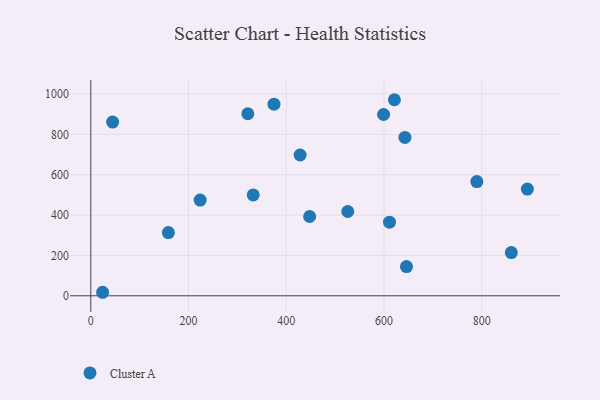
{"axis": {"x": "Ad Spend", "y": "Demand"}, "legend": ["Cluster A"], "data": [{"x": "611.3", "y": 364.6, "type": "Cluster A"}, {"x": "860.6", "y": 213.9, "type": "Cluster A"}, {"x": "321.4", "y": 902.0, "type": "Cluster A"}, {"x": "621.4", "y": 971.6, "type": "Cluster A"}, {"x": "646.1", "y": 144.8, "type": "Cluster A"}, {"x": "332.4", "y": 499.8, "type": "Cluster A"}, {"x": "374.9", "y": 949.4, "type": "Cluster A"}, {"x": "893.5", "y": 528.9, "type": "Cluster A"}, {"x": "44.7", "y": 861.0, "type": "Cluster A"}, {"x": "599.2", "y": 898.3, "type": "Cluster A"}, {"x": "24.2", "y": 17.4, "type": "Cluster A"}, {"x": "428.4", "y": 697.7, "type": "Cluster A"}, {"x": "158.8", "y": 313.3, "type": "Cluster A"}, {"x": "223.8", "y": 474.3, "type": "Cluster A"}, {"x": "525.9", "y": 417.7, "type": "Cluster A"}, {"x": "642.9", "y": 785.0, "type": "Cluster A"}, {"x": "447.9", "y": 392.8, "type": "Cluster A"}, {"x": "790.1", "y": 565.8, "type": "Cluster A"}]}